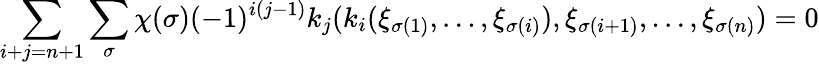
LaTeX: \sum_{i+j=n+1}\sum_{\sigma}\chi(\sigma)(-1)^{i(j-1)}k_{j}(k_{i}(\xi_{\sigma(1)},\dots,\xi_{\sigma(i)}),\xi_{\sigma(i+1)},\dots,\xi_{\sigma(n)})=0